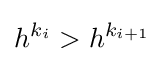
h^{k_{i}}>h^{k_{i+1}}